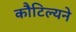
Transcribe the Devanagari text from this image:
कौटिल्‍यने